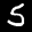
Label: 5